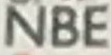
NBE